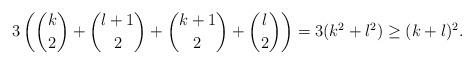
LaTeX: \begin{align*}3 \left( {k \choose 2} + {l+1 \choose 2} + {k+1 \choose 2} + {l \choose 2} \right) = 3(k^2+l^2) \geq (k+l)^2.\end{align*}